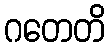
ဂတေတိ